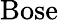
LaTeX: \mathrm{Bose}